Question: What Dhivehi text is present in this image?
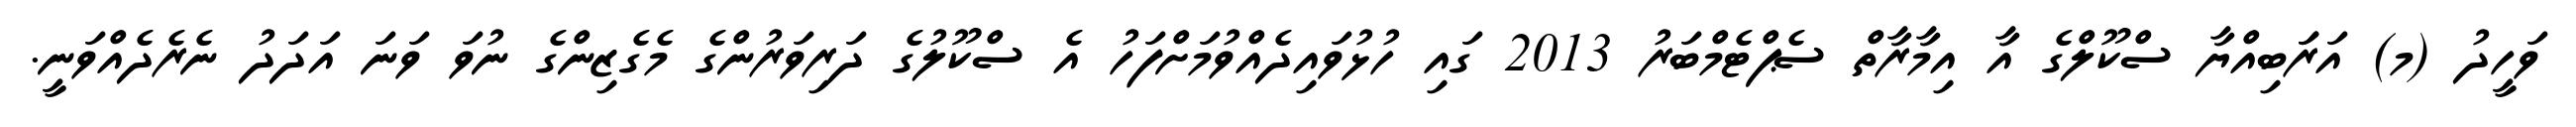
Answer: ވަހީދު (މ) އަރަަބިއްޔާ ސްކޫލްގެ އާ އިމާރާތް ސެޕްޓެމްބަރު 2013 ގައި ހުޅުވައިދެއްވުމަށްފަހު އެ ސްކޫލުގެ ދަރިވަރުންގެ މެގެޒިންގެ ނުވަ ވަނަ އަދަދު ނެރެދެއްވަނީ.